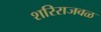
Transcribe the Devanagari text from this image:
शरिराजवळ